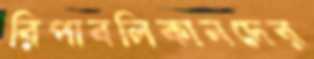
রিপাবলিকানদের